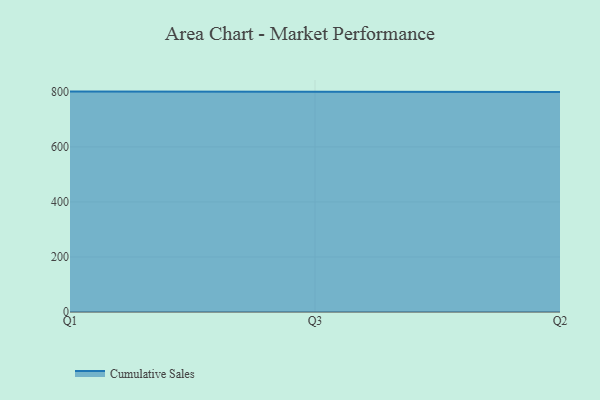
{"axis": {"x": "Quarter", "y": "Net Income (USD K)"}, "legend": ["Cumulative Sales"], "data": [{"x": "Q1", "y": 801.1, "type": "Cumulative Sales"}, {"x": "Q3", "y": 800, "type": "Cumulative Sales"}, {"x": "Q2", "y": 800, "type": "Cumulative Sales"}]}